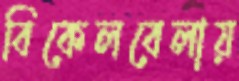
বিকেলবেলায়